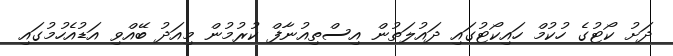
ދަށު ކޯޓުގެ ހުކުމް ހައިކޯޓުގައި ދައުލަތުން އިސްތިއުނާފް ކުރުމުން މިއަދު ބޭއްވި އަޑުއެހުމުގައި